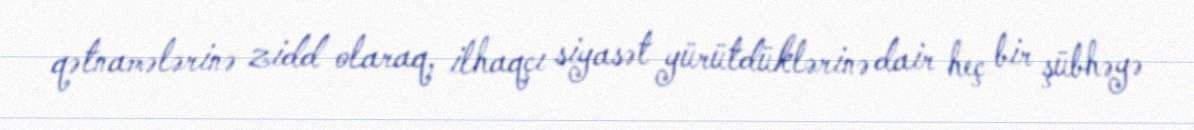
qətnamələrinə zidd olaraq, ilhaqçı siyasət yürütdüklərinə dair heç bir şübhəyə